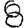
Digit: 8